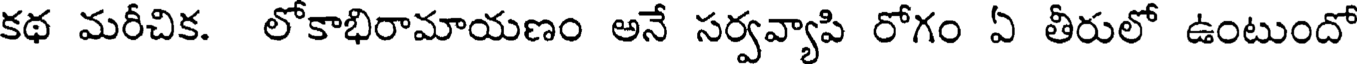
కథ మరీచిక. లోకాభిరామాయణం అనే సర్వవ్యాపి రోగం ఏ తీరులో ఉంటుందో